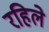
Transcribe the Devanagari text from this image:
रहिले